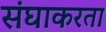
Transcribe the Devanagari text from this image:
संघाकरता